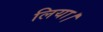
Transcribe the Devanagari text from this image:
लिया।